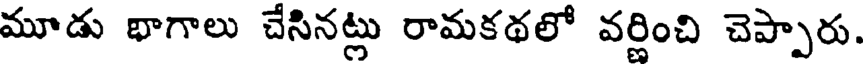
మూడు భాగాలు చేసినట్లు రామకథలో వర్ణించి చెప్పారు.